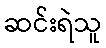
ဆင်းရဲသူ